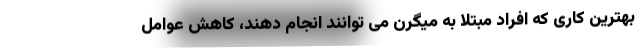
بهترین کاری که افراد مبتلا به میگرن می توانند انجام دهند، کاهش عوامل